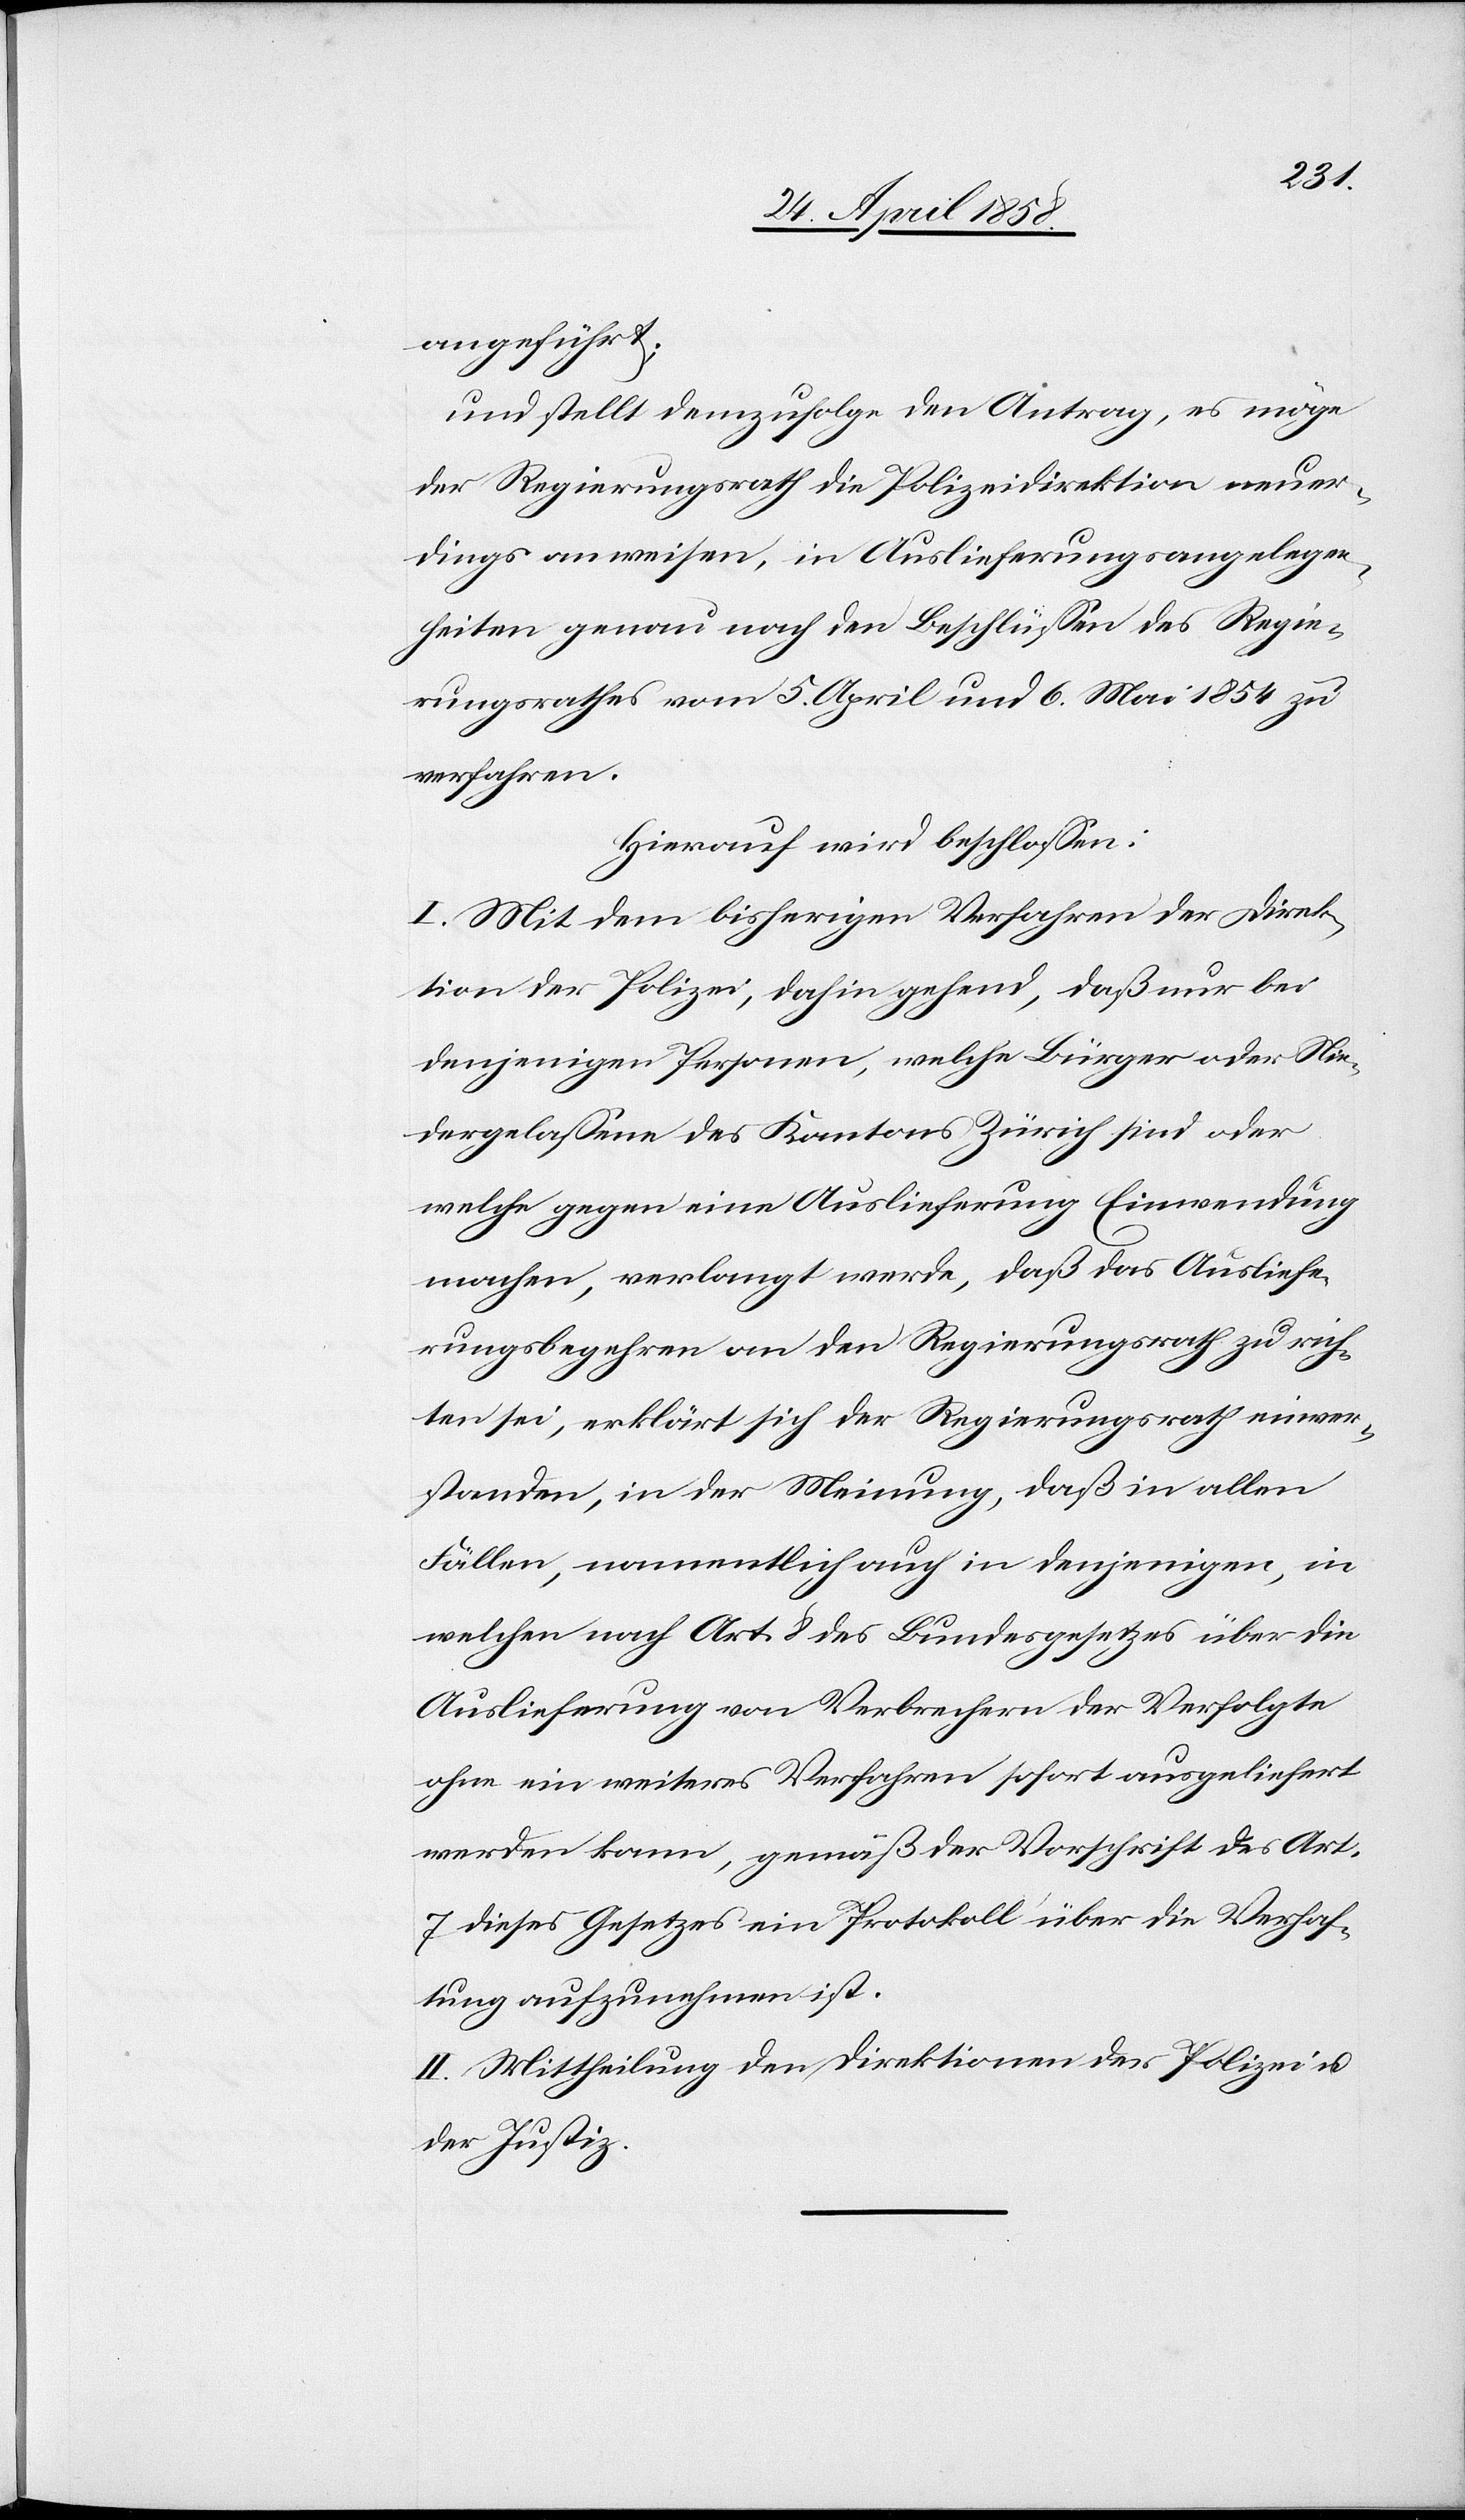
angeführt;
und stellt demzufolge den Antrag, es möge
der Regierungsrath die Polizeidirektion neuer¬
dings anweisen, in Auslieferungsangelegen¬
heiten genau nach den Beschlüssen des Regie¬
rungsrathes vom 5. April und 6. Mai 1854 zu
verfahren.
Hierauf wird beschlossen:
I. Mit dem bisherigen Verfahren der Direk¬
tion der Polizei, dahin gehend, daß nur bei
denjenigen Personen, welche Bürger oder Nie¬
dergelassene des Kantons Zürich sind oder
welche gegen eine Auslieferung Einwendung
machen, verlangt werde, daß das Ausliefe¬
rungsbegehren an den Regierungsrath zu rich¬
ten sei, erklärt sich der Regierungsrath einver¬
standen, in der Meinung, daß in allen
Fällen, namentlich auch in denjenigen, in
welchen nach Art. 8 des Bundesgesetzes über die
Auslieferung von Verbrechern der Verfolgte
ohne ein weiteres Verfahren sofort ausgeliefert
werden kann, gemäß der Vorschrift des Art.
7 dieses Gesetzes ein Protokoll über die Verhaf¬
tung aufzunehmen ist.
II. Mittheilung der Direktionen der Polizei u.
der Justiz.